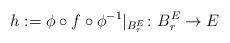
LaTeX: \begin{align*}h:=\phi\circ f\circ\phi^{-1}|_{B^E_r}\colon B^E_r\to E\end{align*}